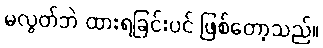
မလွတ်ဘဲ ထားရခြင်းပင် ဖြစ်တော့သည်။